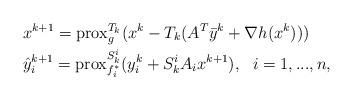
LaTeX: \begin{align*}\begin{aligned}&x^{k+1} = \mathrm{prox}_g^{T_k}(x^k - T_k (A^T\Bar{y}^k + \nabla h(x^k)))\\&\hat{y}_i^{k+1} = \mathrm{prox}_{f_i^*}^{S_k^i} (y_i^k + S_k^i A_i x^{k+1}), \ \ i = 1,...,n,\end{aligned}\end{align*}